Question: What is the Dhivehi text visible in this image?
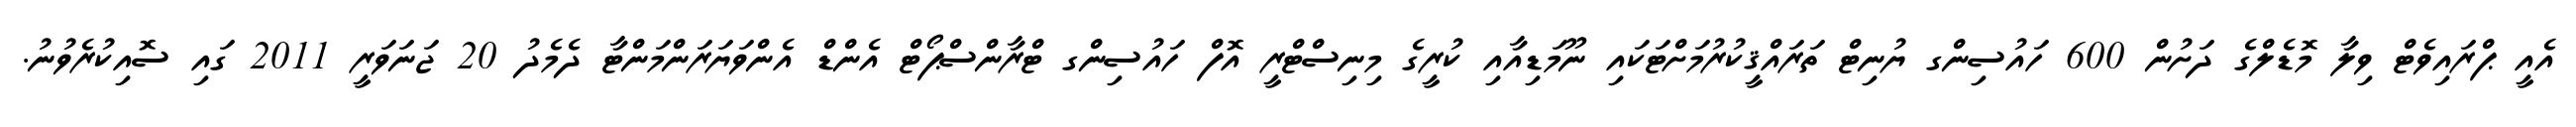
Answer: އެއީ ޕްރައިވެޓް ވިލާ މޮޑެލްގެ ދަށުން 600 ހައުސިންގ ޔުނިޓް ތަރައްޤީކުރުމަށްޓަކައި ނޫމަޑިއާއި ކުރީގެ މިނިސްޓްރީ އޮފް ހައުސިންގ ޓްރާންސްޕޯޓް އެންޑް އެންވަޔަރަންމަންޓާ ދެމެދު 20 ޖަނަވަރީ 2011 ގައި ސޮއިކުރެވުނު.